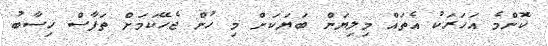
ކޮންމެ އަހަރަކު އެތައް މިލިޔަން ބަޔަކަށް މި ހުން ޖެހޭކަމަށް ތަފާސް ހިސާބު